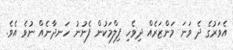
އެވަރުގެ ދެ ވަނަ މަންޒަރެއް ދިވެހި ފިލްމަކުން ފެނުނު ހަނދާނެއް ނުވެ އެވެ.